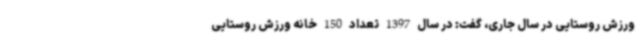
ورزش روستایی در سال جاری، گفت: در سال 1397 تعداد 150 خانه ورزش روستایی